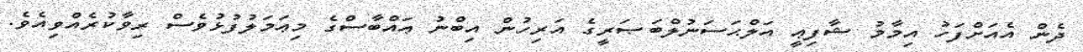
ދެން އެއަށްފަހު އިމާމު ޝާފިޢީ އަލްޙަސަނުލްބަޞަރީގެ އަރިހުން އިބްނު ޢައްބާސްގެ މިޢަމަލުފުޅުވެސް ރިވާކުރެއްވިއެވެ.